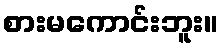
စားမကောင်းဘူး။